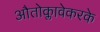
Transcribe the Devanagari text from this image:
औतोक्लावेकरके